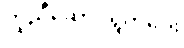
ကူညီဆောင်ရွက်ပေး